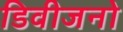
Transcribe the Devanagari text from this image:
डिवीजनो